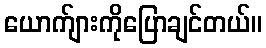
ယောက်ျားကိုပြောချင်တယ်။